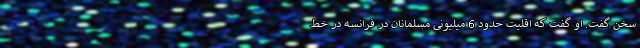
سخن‌ گفت. او گفت که اقلیت حدود 6 میلیونی مسلمانان در فرانسه در خط